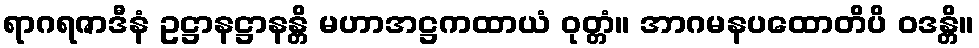
ရာဂရဇာဒီနံ ဥဋ္ဌာနဋ္ဌာနန္တိ မဟာအဋ္ဌကထာယံ ဝုတ္တံ။ အာဂမနပထောတိပိ ဝဒန္တိ။